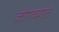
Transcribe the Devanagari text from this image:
जोगव्यात